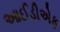
આઈડીએફ